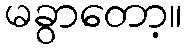
မခွာတော့။